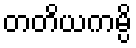
တတိယကမ္ပိ